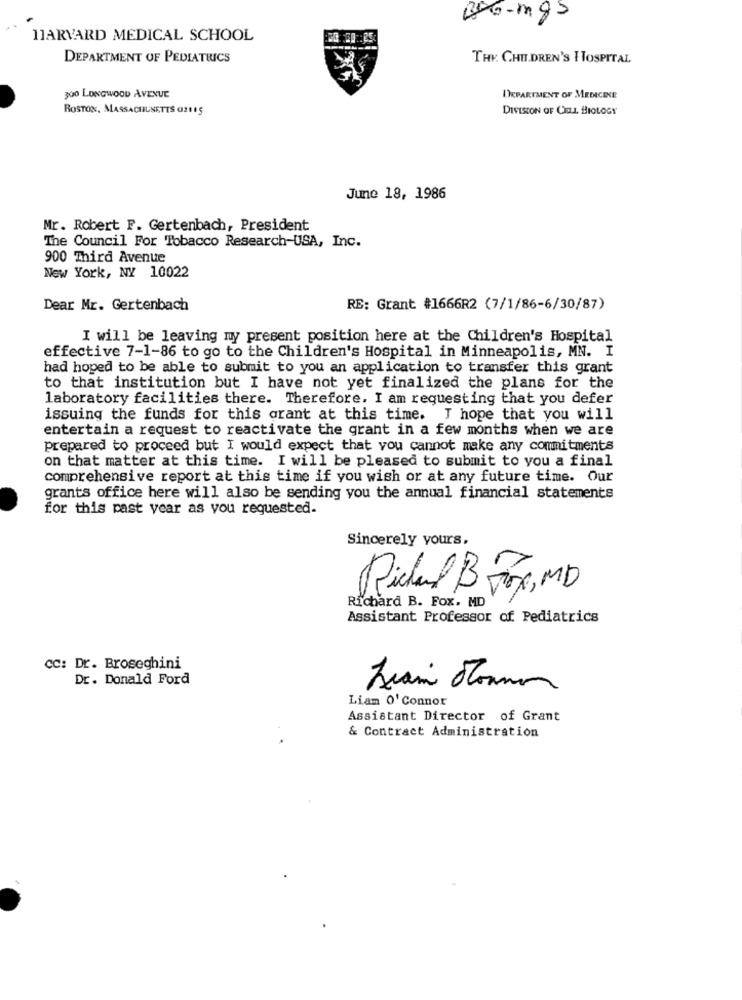
200-mgs
HARVARD MEDICAL SCHOOL
DEPARTMENT OF PEDIATRICS
THY. CHILDREN'S HOSPITAL
300 LONGWOOD AVENUE
DEPARTMENT OF MEDICINE
BOSTON, MASSACHUSETTS 02115
DIVISION OF CELL BIOLOGY
June 18, 1986
Mr. Robert F. Gertenbach, President
The Council For Tobacco Research-USA, Inc.
900 Third Avenue
New York, NY 10022
Dear Mr. Gertenbach
RE: Grant #1666R2 (7/1/86-6/30/87)
I will be leaving my present position here at the Children's Hospital
effective 7-1-86 to go to the Children's Hospital in Minneapolis, MN. I
had hoped to be able to submit to you an application to transfer this grant
to that institution but I have not yet finalized the plans for the
laboratory facilities there. Therefore. I am requesting that you defer
issuing the funds for this grant at this time. I hope that you will
entertain a request to reactivate the grant in a few months when we are
prepared to proceed but I would expect that you cannot make any commitments
on that matter at this time. I will be pleased to submit to you a final
comprehensive report at this time if you wish or at any future time. Our
grants office here will also be sending you the annual financial statements
for this past year as you requested.
Sincerely yours,
Richard B For, MD
Richard B. Fox. MD
Assistant Professor of Pediatrics
CC: Dr. Broseghini
Dr. Donald Ford
Liam O' Connor
Assistant Director of Grant
& Contract Administration